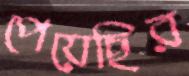
পেয়েছির